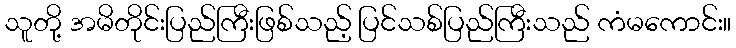
သူတို့ အမိတိုင်းပြည်ကြီးဖြစ်သည့် ပြင်သစ်ပြည်ကြီးသည် ကံမကောင်း။